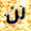
لن